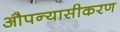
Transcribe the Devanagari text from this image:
औपन्यासीकरण